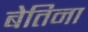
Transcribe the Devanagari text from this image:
बेतिना